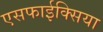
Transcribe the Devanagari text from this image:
एसफाईक्सिया